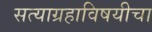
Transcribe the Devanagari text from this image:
सत्याग्रहाविषयीचा